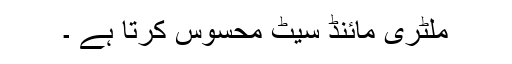
ملٹری مائنڈ سیٹ محسوس کرتا ہے ۔